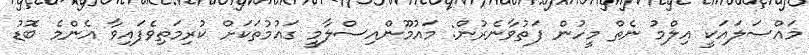
މައްސަލައަކީ އިލްމު ނެތް މީހުން ފަތުވާނެރުން: މައުމޫންއިސްލާމީ ގައުމުތަކަށް ކުރިމަތިވެފައިވާ އެންމެ ބޮޑު